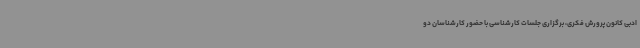
ادبی کانون پرورش فکری، برگزاری جلسات کارشناسی با حضور کارشناسان دو